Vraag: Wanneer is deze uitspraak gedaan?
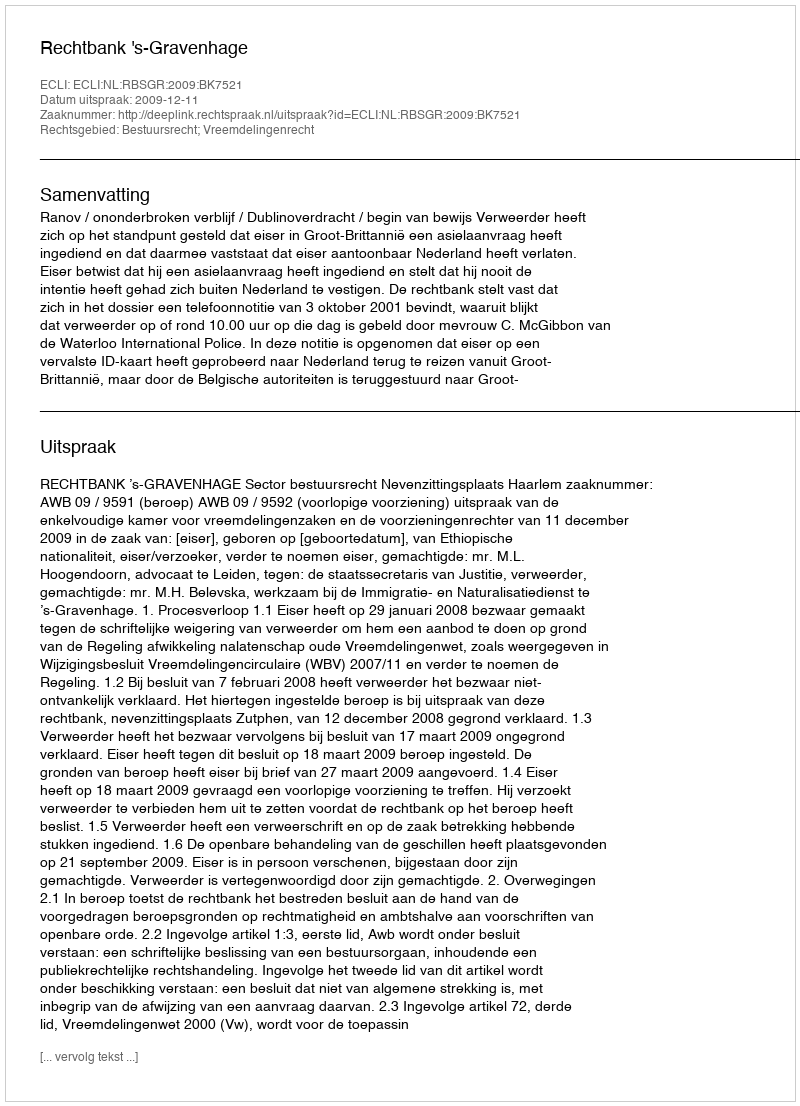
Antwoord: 2009-12-11